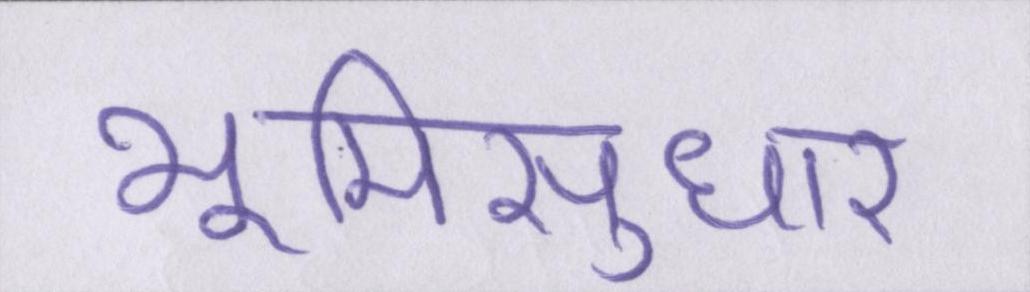
भूमिसुधार